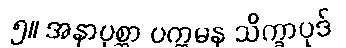
၅။ အနာပုစ္ဆာ ပက္ကမန သိက္ခာပုဒ်